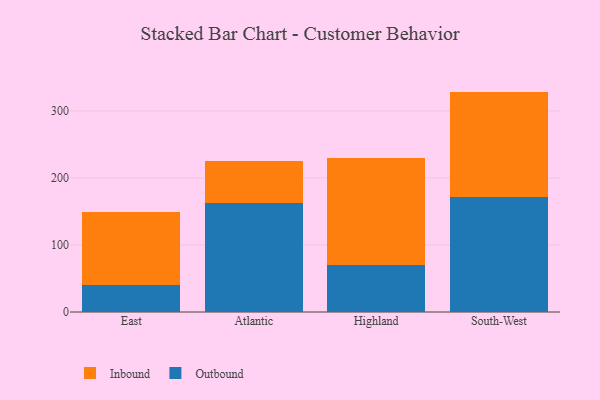
{"axis": {"x": "Region", "y": "Humidity (%)"}, "legend": ["Inbound", "Outbound"], "data": [{"x": "East", "y": 40.2, "type": "Outbound"}, {"x": "East", "y": 108.9, "type": "Inbound"}, {"x": "Atlantic", "y": 162.5, "type": "Outbound"}, {"x": "Atlantic", "y": 62.8, "type": "Inbound"}, {"x": "Highland", "y": 70.0, "type": "Outbound"}, {"x": "Highland", "y": 160.1, "type": "Inbound"}, {"x": "South-West", "y": 171.1, "type": "Outbound"}, {"x": "South-West", "y": 157.7, "type": "Inbound"}]}